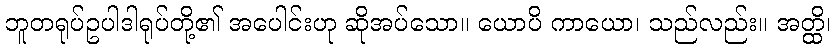
ဘူတရုပ်ဥပါဒါရုပ်တို့၏ အပေါင်းဟု ဆိုအပ်သော။ ယောပိ ကာယော၊ သည်လည်း။ အတ္ထိ၊